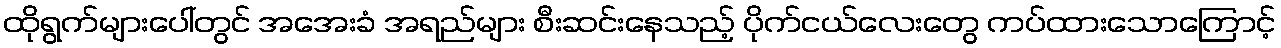
ထိုရွက်များပေါ်တွင် အအေးခံ အရည်များ စီးဆင်းနေသည့် ပိုက်ငယ်လေးတွေ ကပ်ထားသောကြောင့်